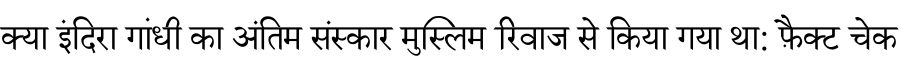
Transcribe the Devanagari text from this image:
क्या इंदिरा गांधी का अंतिम संस्कार मुस्लिम रिवाज से किया गया था: फ़ैक्ट चेक